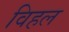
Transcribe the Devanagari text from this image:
विहल